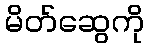
မိတ်ဆွေကို